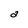
Character: a